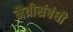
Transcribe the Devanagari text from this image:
मैत्रीसंबंधी